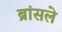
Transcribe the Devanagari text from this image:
ब्रांसले